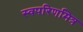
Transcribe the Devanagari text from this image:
स्वपरिणमित्र